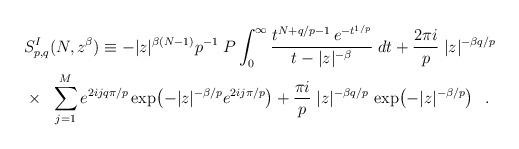
LaTeX: \begin{align*}& S^{I}_{p,q}(N,z^{\beta}) \equiv -|z|^{\beta(N-1)} p^{-1} \; P \int_{0}^{\infty} \frac{t^{N+q/p-1}\, e^{-t^{1/p}}} {t-|z|^{-\beta}} \; dt +\frac{2 \pi i}{p}\; |z|^{-\beta q/p}\\& \times \;\;\sum_{j=1}^{M}e^{2ij q \pi /p} \exp \!\left( -|z|^{-\beta/p} e^{2ij \pi/p} \right) + \frac{\pi i}{p} \; |z|^{-\beta q/p}\, \exp \!\left( -|z|^{-\beta/p} \right) \;\;.\end{align*}